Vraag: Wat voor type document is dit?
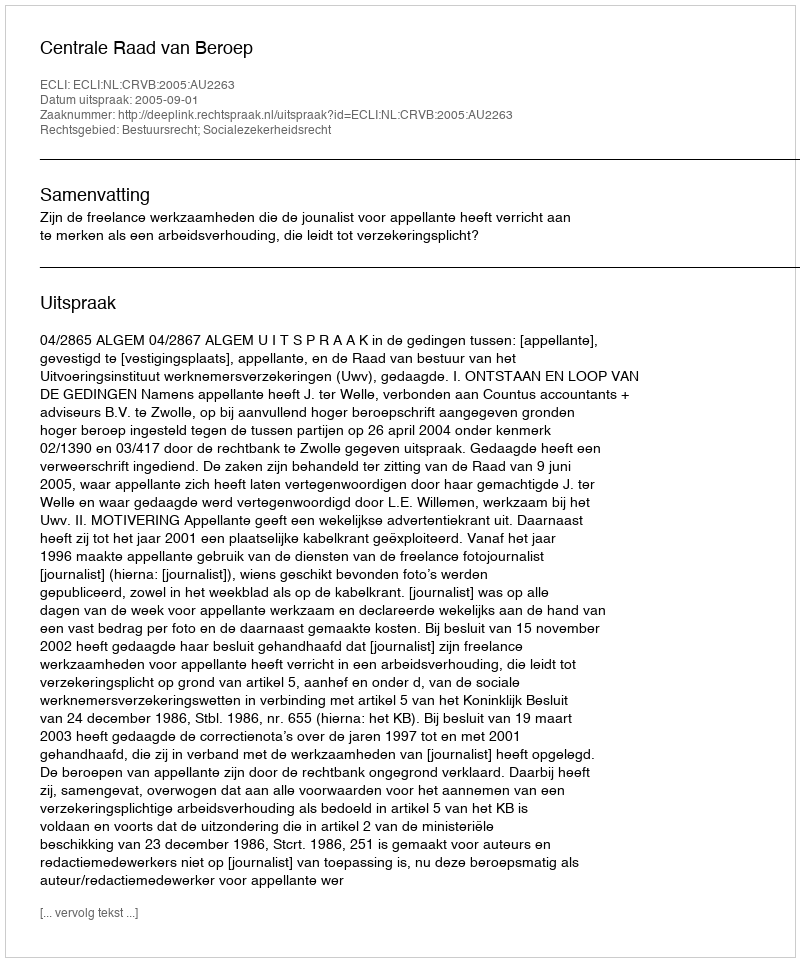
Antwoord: Uitspraak